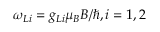
\omega _ { L i } = g _ { L i } \mu _ { B } B / \hbar , i = 1 , 2